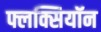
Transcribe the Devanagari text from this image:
फ्लक्सियॉन